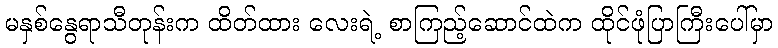
မနှစ်နွေရာသီတုန်းက ထိတ်ထား လေးရဲ့ စာကြည့်ဆောင်ထဲက ထိုင်ဖုံပြာကြီးပေါ်မှာ